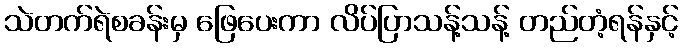
သဲတက်ရဲစခန်းမှ ဖြေပေးကာ လိပ်ပြာသန့်သန့် တည်တံ့ရန်နှင့်